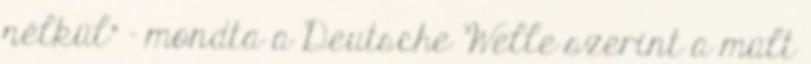
nélkül" – mondta a Deutsche Welle szerint a múlt